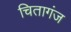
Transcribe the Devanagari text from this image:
चितागंज